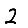
Digit: 2